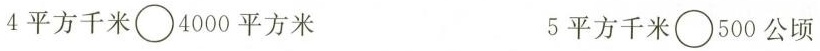
4平方千米 \circ 4000平方米 5平方千米\circ 500公顷